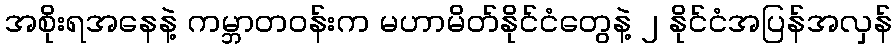
အစိုးရအနေနဲ့ ကမ္ဘာတဝန်းက မဟာမိတ်နိုင်ငံတွေနဲ့ ၂ နိုင်ငံအပြန်အလှန်